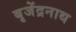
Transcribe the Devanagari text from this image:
बृजेंद्रनाथ